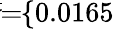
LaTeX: \! \! \! \overline{{\sigma}}\! \! =\! \! \{ 0.0165\} \! \! \!